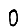
Digit: 0